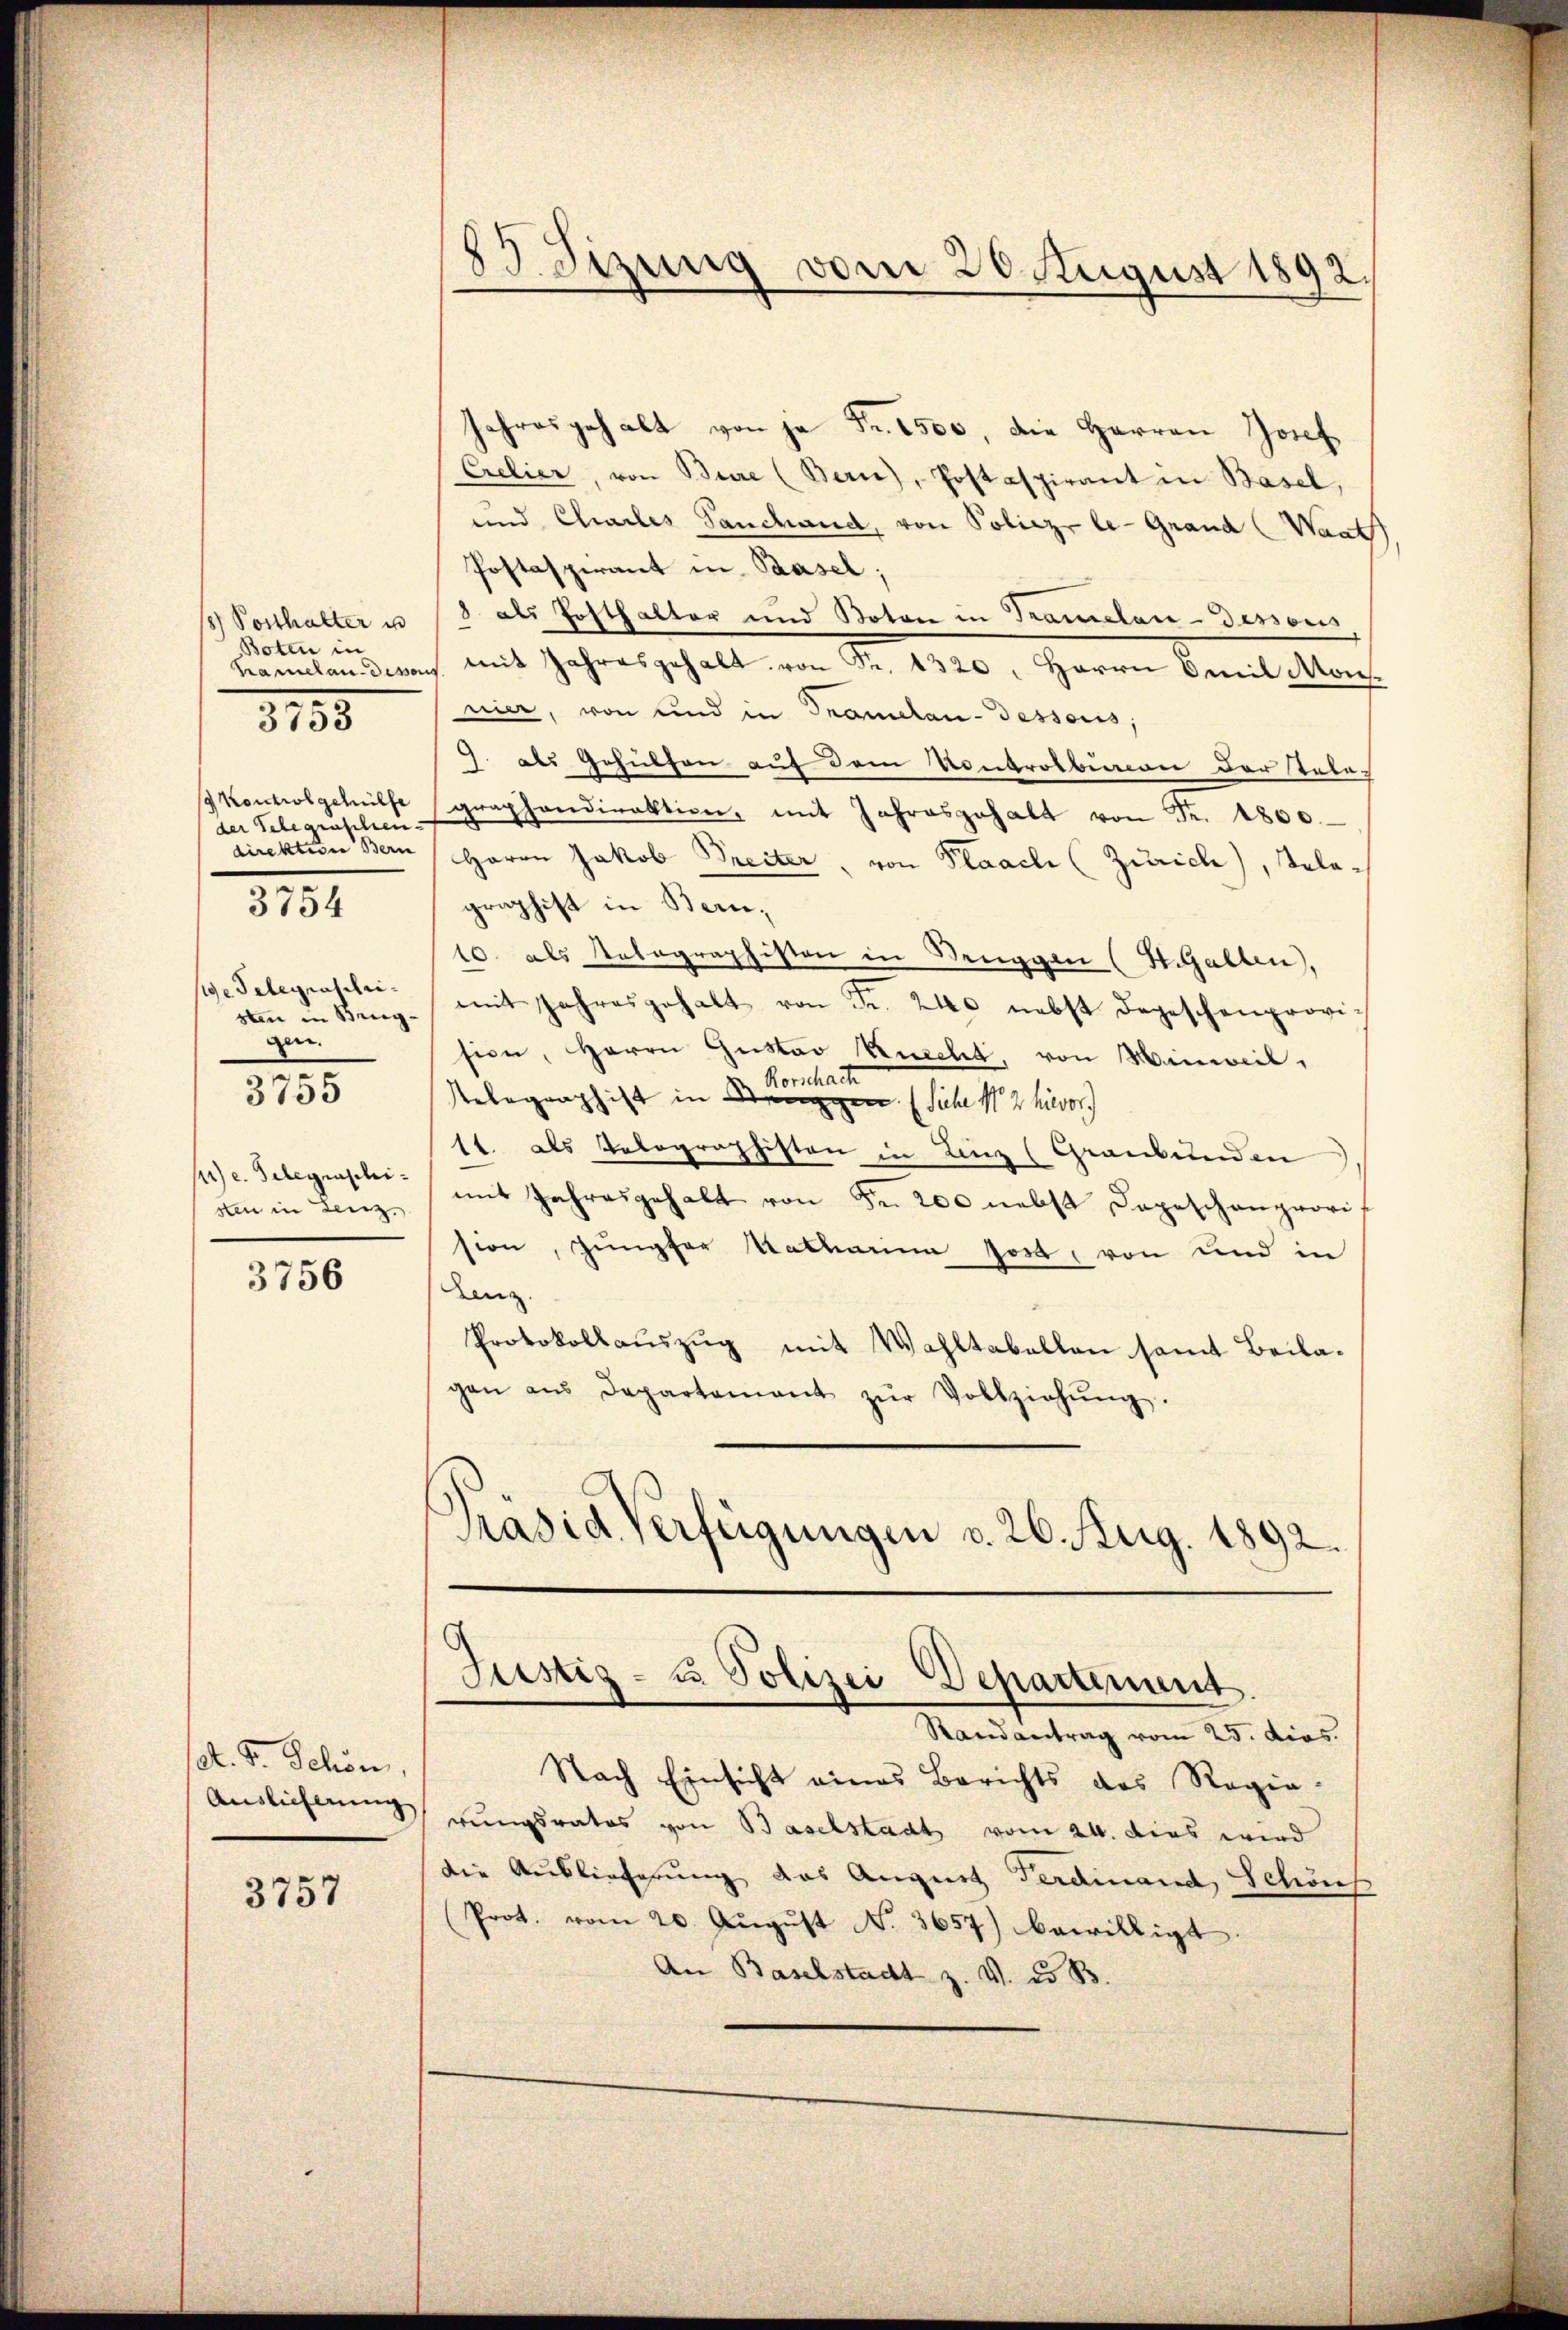
18) Vorthalter un
Boten in
Kramelau-desser

3753

Kontrolgehülfe
der Telegraschen
direktion Bern

3754

sige Telegrascristen in Briggen.
) e. Telegraschisten in Lenz

3755

3756

et. F. Schön
Auslicherung

3757

83 Sizung vom 20. August 1892.

Jahresgehalt von je Fr. 2500, die Herren Josef
Crelier, von Bure (Berne), Postaspirant in Basel,
und Chailes Sanchand, von Poliez le-Grand (Want
Postaspirant in Basel;
8 als Posthalter und Boten in Tramelan-dessoris
 mit Jahresgehalt von Fr. 1320. Herrn Emil Mons.
nier, von und in Tramelau-dessoris,
9. als Gehülfen auf dem Kontrolburen der Tele-
graphondirektion, mit Jahresgehalt von Fr. 1800.
Herrn Jakob Treiter, von Plaach (Zürich), Telegraphist in Bern,
10. als Telegraphiston in Beuggen (H. Gallen,
mit Jahresgehalt von Fr. 240 nebst dageschenprovision, Herrn Gustav Knecht von Hinweil,
Rorschacht
Relegraphist in Stangen. (Siehe No 2 hievor
1t. als Telegraphiston in Linz (Graubünden
mit Jahresgehalt von Fr. 200 nebst Depeschenprovis
sion, Jungfer Katharina Jost, von und in
Lenz
Protokollauszug mit Wahltabellen samt Beilagen aus Departement zŭr Vollziehŭng.
Präsid. Verfügungen d. 26. Aug. 1892.
Justiz- u Polizei Departement
Randantrag vom 25. dios.
Nach Einsicht eines Berichts des Regie-
rungsrates von Baselstadt vom 24. dies wird
die Auslieferung das August Ferdinand Schön
(Prot. vom 20. Aŭgŭst N. 3657) bewilligt.
An Baselstadt z. V. d. B.